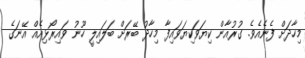
މިހާދަށް ފެނެއެވެ. ގުރުއާން ކިޔަވަކިޔަވައިފާ މިހާދު ބޭރަށް ބަލައިލީ ހޫނު ވައިރޯޅިއެއް އޭނަގެ